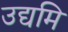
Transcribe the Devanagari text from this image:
उद्यमि